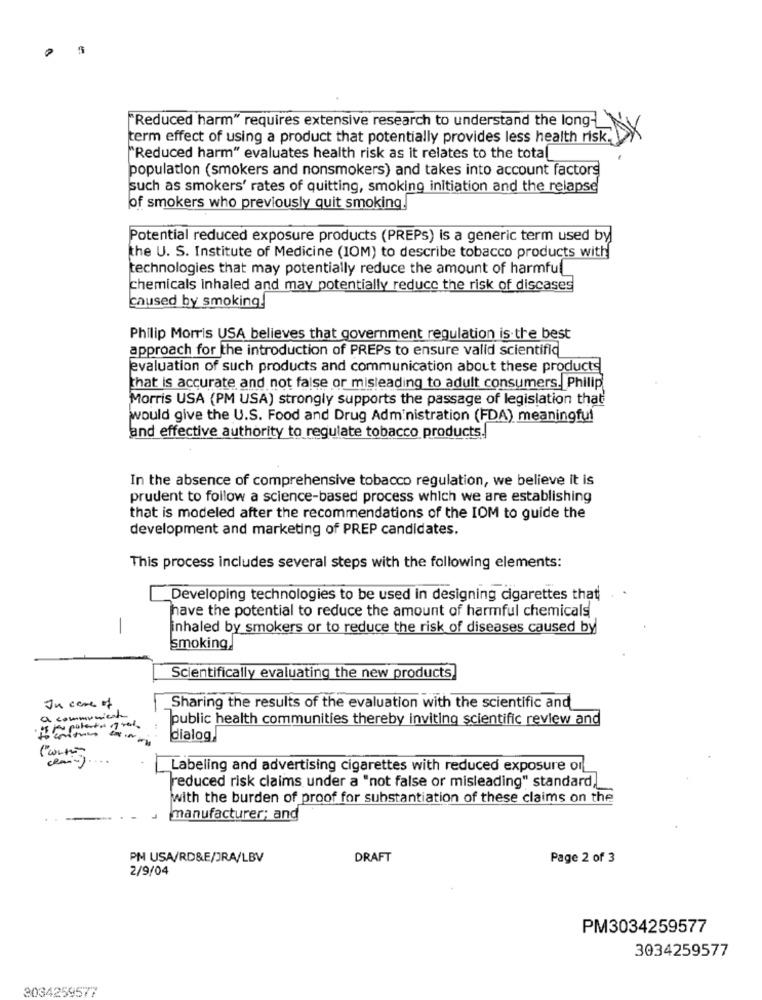
"Reduced harm" requires extensive research to understand the long-
term effect of using a product that potentially provides less health risk.
"Reduced harm" evaluates health risk as it relates to the total
population (smokers and nonsmokers) and takes into account factors
such as smokers' rates of quitting, smoking initiation and the relapse
of smokers who previously quit smoking!
Potential reduced exposure products (PREPS) is a generic term used by
the U. S. Institute of Medicine (IOM) to describe tobacco products with
technologies that may potentially reduce the amount of harmful
chemicals inhaled and may potentially reduce the risk of discases
caused by smoking!
Philip Morris USA believes that government regulation is the best
approach for the introduction of PREPs to ensure valid scientific
evaluation of such products and communication about these products
that is accurate and not false or misleading to adult consumers. Philip
Morris USA (PM USA) strongly supports the passage of legislation that
would give the U.S. Food and Drug Administration (FDA) meaningful
and effective authority to regulate tobacco products.
In the absence of comprehensive tobacco regulation, we believe it is
prudent to follow a science-based process which we are establishing
that is modeled after the recommendations of the IOM to guide the
development and marketing of PREP candidates.
This process includes several steps with the following elements:
Developing technologies to be used in designing cigarettes that
have the potential to reduce the amount of harmful chemicals
-
inhaled by smokers or to reduce the risk of diseases caused by
smoking,
Scientifically evaluating the new products
Ju care of
Sharing the results of the evaluation with the scientific and
a communicar
public health communities thereby inviting scientific review and
polenton of red.
---
dialog
Labeling and advertising cigarettes with reduced exposure orf
reduced risk claims under a "not false or misleading" standard,
with the burden of proof for substantiation of these claims on the
manufacturer; and
PM USA/RD&E/JRA/LBV
DRAFT
Page 2 of 3
2/9/04
PM3034259577
3034259577
3034259577